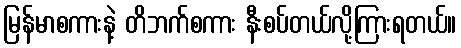
မြန်မာစကားနဲ့ တိဘက်စကား နီးစပ်တယ်လို့ကြားရတယ်။